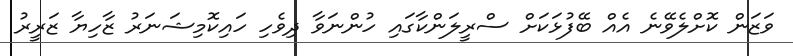
ވަޒަން ކޮށްލެވޭނެ އެއް ބޭފުޅަކަށް ސްރީލަންކާގައި ހުންނަވާ ދިވެހި ހައިކޮމިޝަނަރު ޒާހިޔާ ޒަރީރު